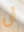
أن